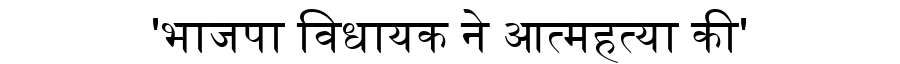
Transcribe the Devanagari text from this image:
'भाजपा विधायक ने आत्महत्या की'